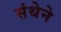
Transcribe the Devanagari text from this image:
संथेने